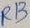
Text: R13